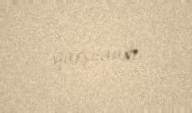
qarşılandı.